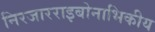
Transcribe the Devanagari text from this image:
निरजारराइबोनाभिकीय